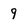
Character: 9